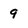
Character: 9